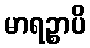
မာရဉ္စာပိ